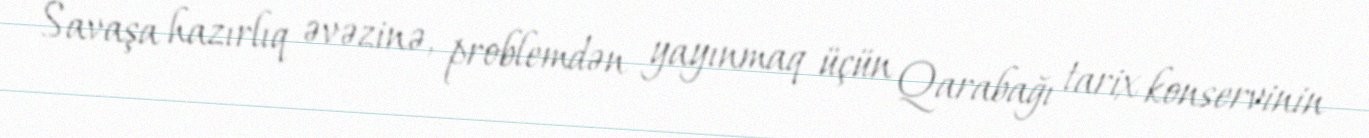
Savaşa hazırlıq əvəzinə, problemdən yayınmaq üçün Qarabağı tarix konservinin